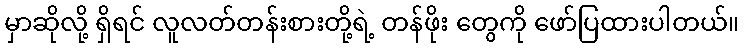
မှာဆိုလို့ ရှိရင် လူလတ်တန်းစားတို့ရဲ့ တန်ဖိုး တွေကို ဖော်ပြထားပါတယ်။